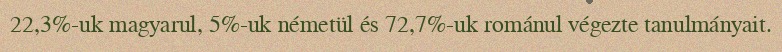
22,3%-uk magyarul, 5%-uk németül és 72,7%-uk románul végezte tanulmányait.